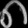
Digit: ၈